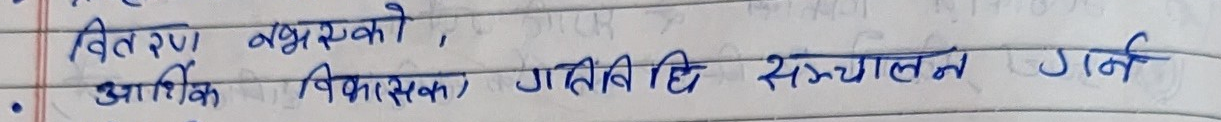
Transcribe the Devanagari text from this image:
वितरण पक्षको,
आर्थिक विकासका गतिविधि सञ्चालन गर्न